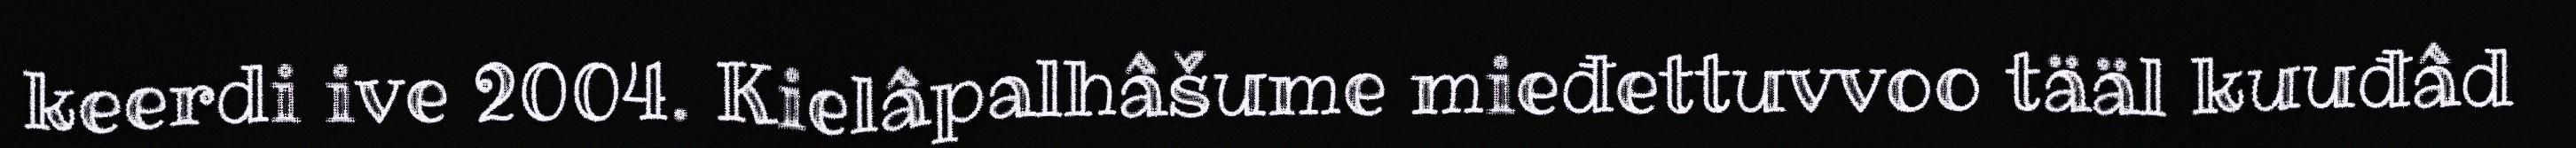
keerdi ive 2004. Kielâpalhâšume mieđettuvvoo tääl kuuđâd